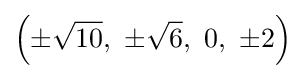
\left(\pm {\sqrt {10}},\ \pm {\sqrt {6}},\ 0,\ \pm 2\right)